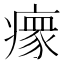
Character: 𬏺